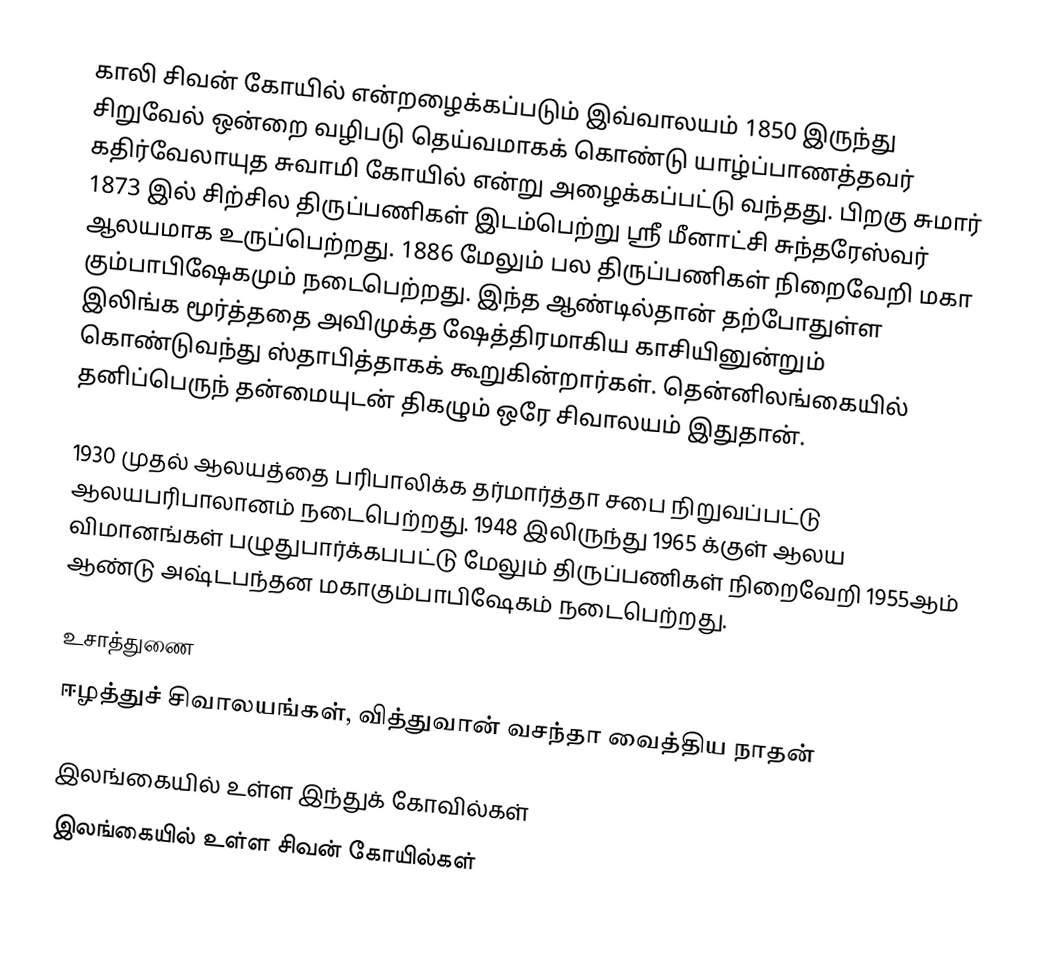
காலி சிவன் கோயில் என்றழைக்கப்படும் இவ்வாலயம் 1850 இருந்து சிறுவேல் ஒன்றை வழிபடு தெய்வமாகக் கொண்டு யாழ்ப்பாணத்தவர் கதிர்வேலாயுத சுவாமி கோயில் என்று அழைக்கப்பட்டு வந்தது. பிறகு சுமார் 1873 இல் சிற்சில திருப்பணிகள் இடம்பெற்று ஸ்ரீ மீனாட்சி சுந்தரேஸ்வர் ஆலயமாக உருப்பெற்றது. 1886 மேலும் பல திருப்பணிகள் நிறைவேறி மகா கும்பாபிஷேகமும் நடைபெற்றது. இந்த ஆண்டில்தான் தற்போதுள்ள இலிங்க மூர்த்ததை அவிமுக்த ஷேத்திரமாகிய காசியினுன்றும் கொண்டுவந்து ஸ்தாபித்தாகக் கூறுகின்றார்கள். தென்னிலங்கையில் தனிப்பெருந் தன்மையுடன் திகழும் ஒரே சிவாலயம் இதுதான்.

1930 முதல் ஆலயத்தை பரிபாலிக்க தர்மார்த்தா சபை நிறுவப்பட்டு ஆலயபரிபாலானம் நடைபெற்றது. 1948  இலிருந்து 1965 க்குள் ஆலய விமானங்கள் பழுதுபார்க்கபபட்டு மேலும் திருப்பணிகள் நிறைவேறி 1955ஆம் ஆண்டு அஷ்டபந்தன மகாகும்பாபிஷேகம் நடைபெற்றது.

உசாத்துணை
 ஈழத்துச் சிவாலயங்கள், வித்துவான் வசந்தா வைத்திய நாதன்

இலங்கையில் உள்ள இந்துக் கோவில்கள்
இலங்கையில் உள்ள சிவன் கோயில்கள்